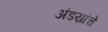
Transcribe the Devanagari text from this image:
अंडय़ांचे